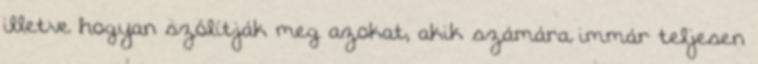
illetve hogyan szólítják meg azokat, akik számára immár teljesen